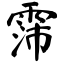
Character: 霈